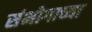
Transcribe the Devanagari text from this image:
संभोगाच्या